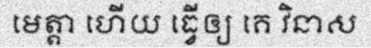
មេត្តា ហើយ ធ្វើឲ្យ គេ វិនាស